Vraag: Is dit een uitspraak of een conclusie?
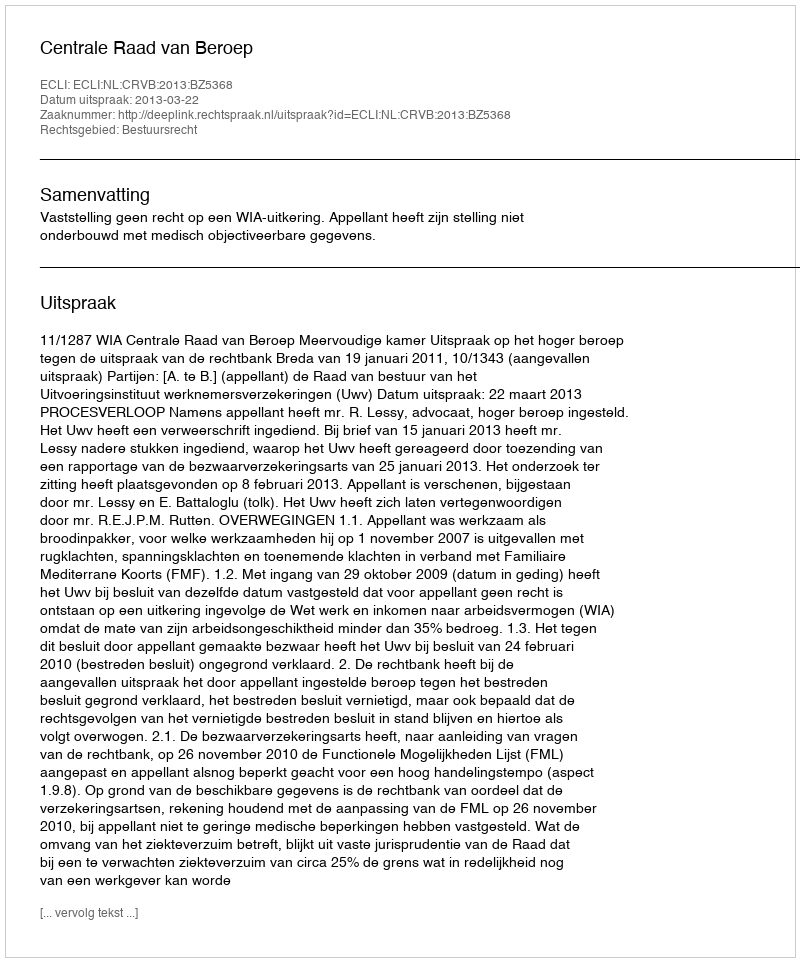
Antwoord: Uitspraak